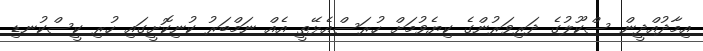
އިމާދުއްދީން ސްކޫލުގެ ދަރިވަރުންގެ ކިޔެވުމަށް ހުރަސްއެޅޭތީ އެއް ނަމްބަރު ކުނިކޮށީގައި ހުރި ކީސްކުނޑި